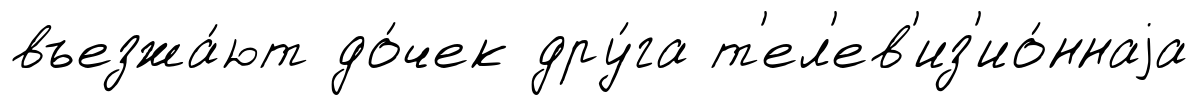
въезжа́ют до́чек дру́га т'ел'ев'из'ио́ннаjа